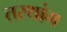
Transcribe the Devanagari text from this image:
तरथांग